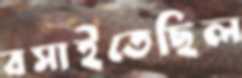
বসাইতেছিল